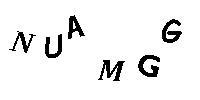
NUAMGG